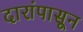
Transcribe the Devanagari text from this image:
दारांपासून